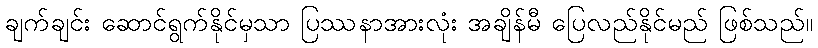
ချက်ချင်း ဆောင်ရွက်နိုင်မှသာ ပြဿနာအားလုံး အချိန်မီ ပြေလည်နိုင်မည် ဖြစ်သည်။